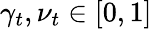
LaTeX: \gamma_{t},\nu_{t}\in[0,1]